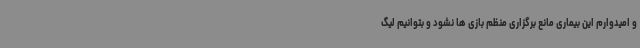
و امیدوارم این بیماری مانع برگزاری منظم بازی ها نشود و بتوانیم لیگ